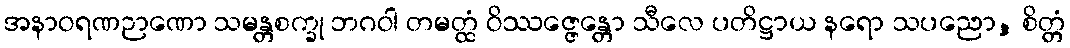
အနာဝရဏဉာဏော သမန္တစက္ခု ဘဂဝါ တမတ္ထံ ဝိဿဇ္ဇေန္တော သီလေ ပတိဋ္ဌာယ နရော သပညော, စိတ္တံ